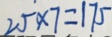
2 5 \times 7 = 1 7 5